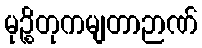
မုဉ္စိတုကမျတာဉာဏ်